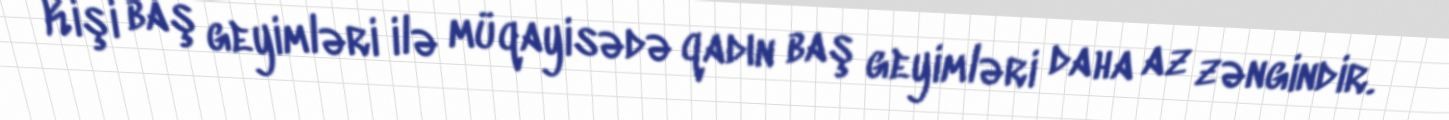
Kişi baş geyimləri ilə müqayisədə qadın baş geyimləri daha az zəngindir.